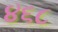
૪૬૮